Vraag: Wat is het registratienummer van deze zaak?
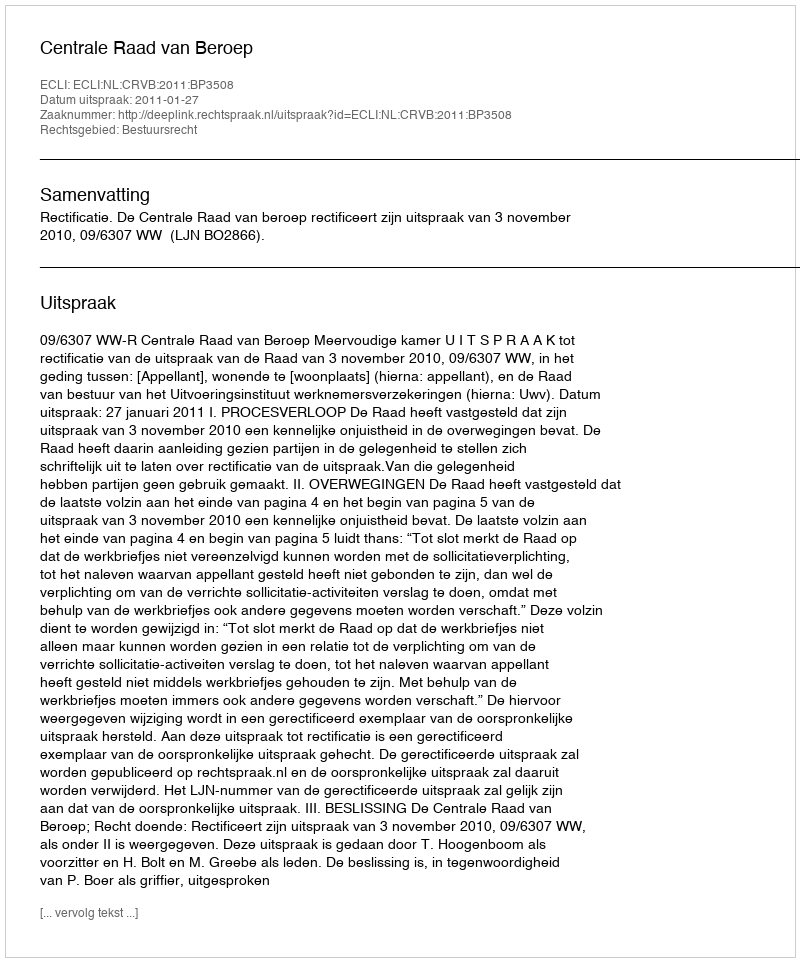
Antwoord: http://deeplink.rechtspraak.nl/uitspraak?id=ECLI:NL:CRVB:2011:BP3508